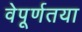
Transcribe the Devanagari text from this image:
वेपूर्णतया